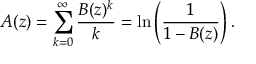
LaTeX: A ( z ) = \sum _ { k = 0 } ^ { \infty } { \frac { B ( z ) ^ { k } } { k } } = \ln \left( { \frac { 1 } { 1 - B ( z ) } } \right) .